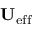
\mathbf { U } _ { \mathrm { e f f } }